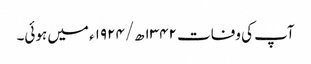
آپ کی وفات ۱۳۴۲ھ/۱۹۲۴ء میں ہوئی۔